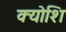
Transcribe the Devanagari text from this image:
क्योशि